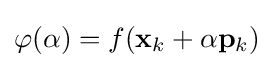
\varphi (\alpha )=f(\mathbf {x} _{k}+\alpha \mathbf {p} _{k})